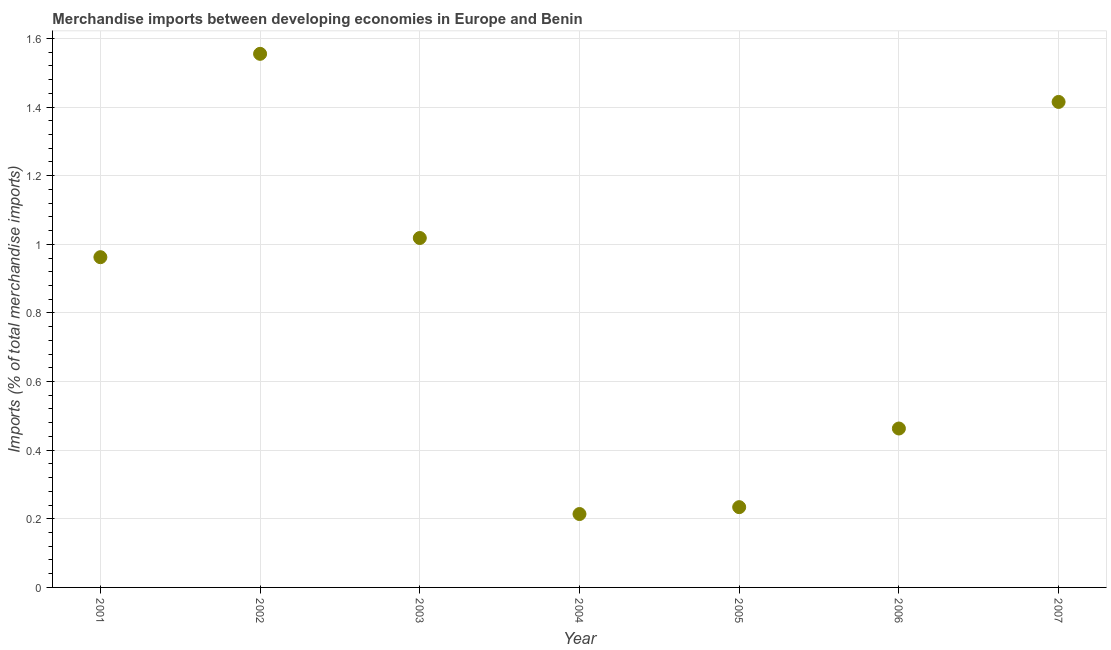
| Year | Merchandise imports |
 | --- | --- |
 | 2001 | 0.962 |
 | 2002 | 1.56 |
 | 2003 | 1.02 |
 | 2004 | 0.214 |
 | 2005 | 0.234 |
 | 2006 | 0.463 |
 | 2007 | 1.41 |